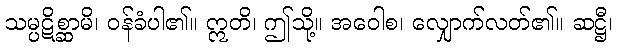
သမ္ပဋိစ္ဆာမိ၊ ဝန်ခံပါ၏။ ဣတိ၊ ဤသို့။ အဝေါစ၊ လျှောက်လတ်၏။ ဆဋ္ဌီ၊